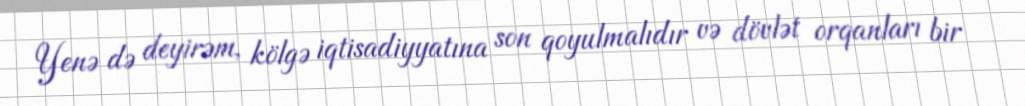
Yenə də deyirəm, kölgə iqtisadiyyatına son qoyulmalıdır və dövlət orqanları bir